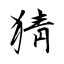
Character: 猜